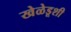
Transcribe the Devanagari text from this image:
खेळेडूशी